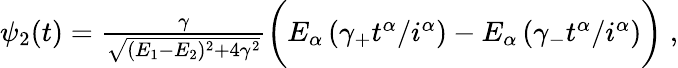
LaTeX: \begin{array}{r}{\psi_{2}(t)=\frac{\gamma}{\sqrt{(E_{1}-E_{2})^{2}+4\gamma^{2}}}\bigg(E_{\alpha}\left(\gamma_{+}t^{\alpha}/i^{\alpha}\right)-E_{\alpha}\left(\gamma_{-}t^{\alpha}/i^{\alpha}\right)\bigg)\; ,}\end{array}